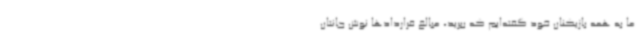
ما به همه بازیکنان خود گفته‌ایم که ببرید، مبالغ قراردادها نوش جانتان